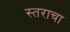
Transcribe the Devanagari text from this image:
स्तराचा